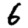
Digit: 6